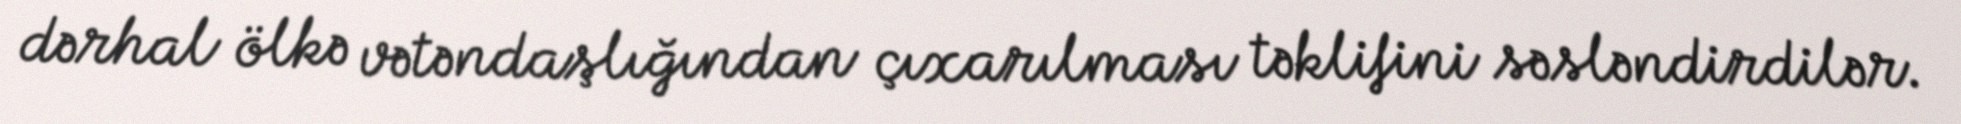
dərhal ölkə vətəndaşlığından çıxarılması təklifini səsləndirdilər.